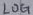
Text: LOG